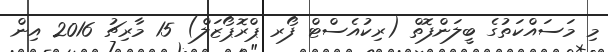
މި މަސައްކަތުގެ ބީލަންފޮތް (ރިކުއެސްޓް ފޯރ ޕްރޮޕޯޒަލް) 15 މާރިޗު 2016 އިން